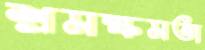
শ্রমক্ষমতা